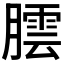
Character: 𮌻